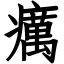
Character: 癘